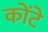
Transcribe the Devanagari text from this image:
कोंटे